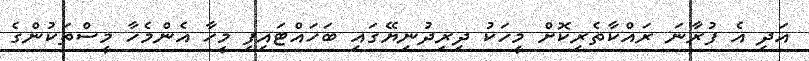
އަދި އެ ފުރާނަ ރައްކާތެރިކޮށް މީހަކު ދިރިދުނިޔޭގައި ބަހައްޓައިފި މީހާ އެންމެހާ މީސްތަކުންގެ